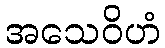
အသေဝိဟံ